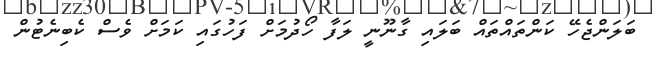
ބަލަންޖެހޭ ކަންތައްތައް ބަލައި ގާނޫނީ ލަފާ ހޯދުމަށް ފަހުގައި ކަމަށް ވެސް ކެބިނެޓުން